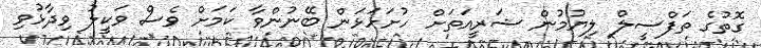
ގޮތުގެ ތަފްސީލް ލިޔުމުން ޝަރީއަތަށް ހުށަހަޅަން ބޭނުންވާ ކަމަށް ވެސް ވަކީލު ވިދާޅުވި